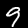
Label: 9